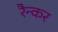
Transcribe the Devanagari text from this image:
रैन्कर